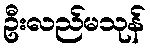
ဦးလည်မသုန်